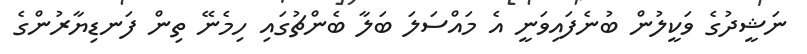
ނަޝީދުގެ ވަކީލުން ބުނެފައިވަނީ އެ މައްސަލަ ބަލާ ބެންޗުގައި ހިމެނޭ ތިން ފަނޑިޔާރުންގެ